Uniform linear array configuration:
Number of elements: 12
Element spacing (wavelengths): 1
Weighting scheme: blackman
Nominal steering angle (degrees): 45
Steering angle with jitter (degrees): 45.41
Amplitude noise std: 0.05
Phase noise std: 0.05

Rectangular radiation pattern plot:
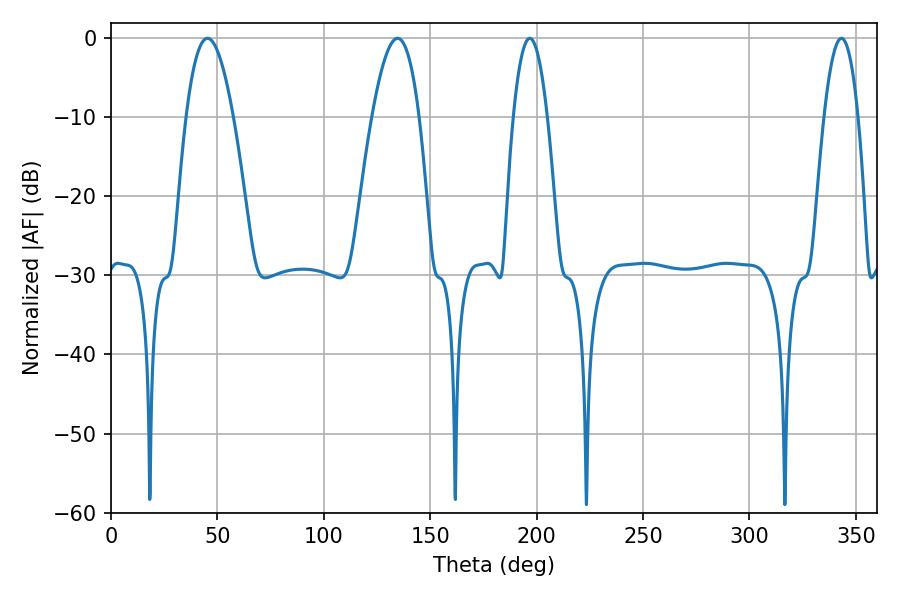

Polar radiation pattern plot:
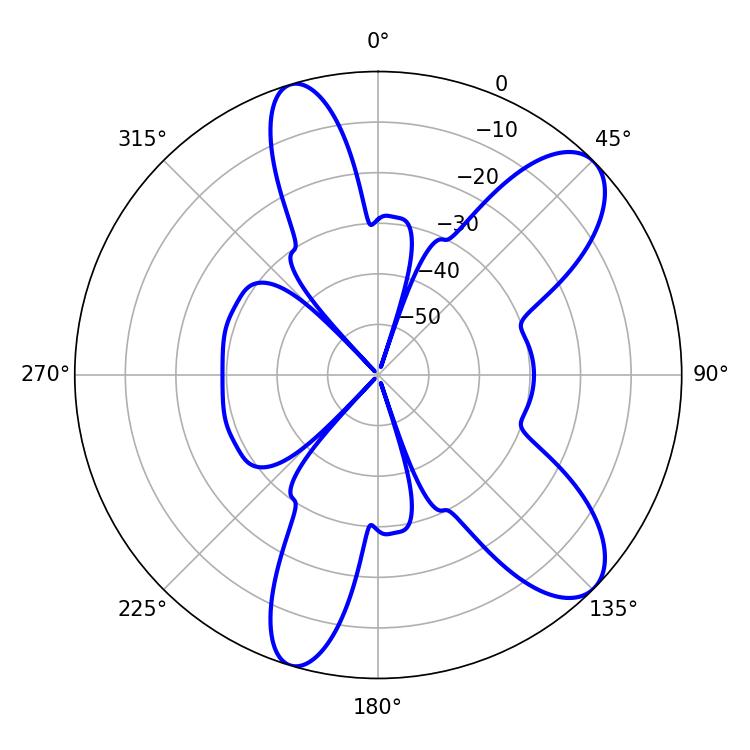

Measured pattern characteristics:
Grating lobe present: TRUE
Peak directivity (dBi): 9.394
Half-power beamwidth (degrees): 12.06
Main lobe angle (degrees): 45.36